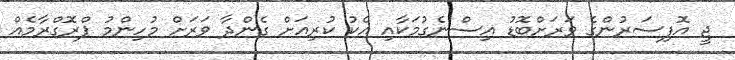
ޖީ އޮފިސަރުންގެ ވަރަށްބޮޑު އިސްނެގުމަކާއި އެކު ކުރިއަށް ގެންދާ ވަރަށް މުހިންމު ޕްރޮގްރާމެއް